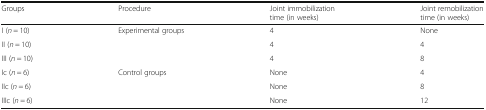
<table><thead><tr><td><b>Groups</b></td><td><b>Procedure</b></td><td><b>Joint immobilization time (in weeks)</b></td><td><b>Joint remobilization time (in weeks)</b></td></tr></thead><tbody><tr><td>I (<i>n</i> = 10)</td><td rowspan="3">Experimental groups</td><td>4</td><td>None</td></tr><tr><td>II (<i>n</i> = 10)</td><td>4</td><td>4</td></tr><tr><td>III (<i>n</i> = 10)</td><td>4</td><td>8</td></tr><tr><td>Ic (<i>n</i> = 6)</td><td rowspan="3">Control groups</td><td>None</td><td>4</td></tr><tr><td>IIc (<i>n</i> = 6)</td><td>None</td><td>8</td></tr><tr><td>IIIc (<i>n</i> = 6)</td><td>None</td><td>12</td></tr></tbody></table>